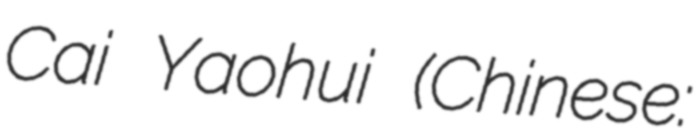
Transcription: Cai Yaohui (Chinese: